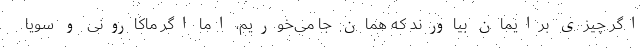
اگر چیزی برایمان بیاورند که همان جا می‌خوریم، اما اگر ماکارونی و سویا